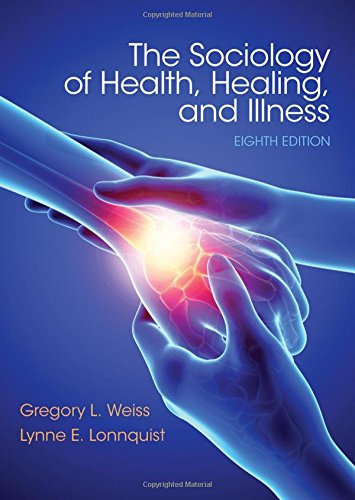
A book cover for Sociology of Health, Healing, and Illness; Gregroy L. Weiss; Politics & Social Sciences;